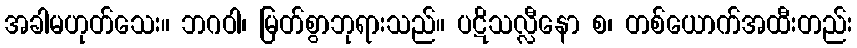
အခါမဟုတ်သေး။ ဘဂဝါ၊ မြတ်စွာဘုရားသည်။ ပဋိသလ္လီနော စ၊ တစ်ယောက်အထီးတည်း